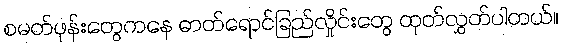
စမတ်ဖုန်းတွေကနေ ဓာတ်ရောင်ခြည်လှိုင်းတွေ ထုတ်လွှတ်ပါတယ်။